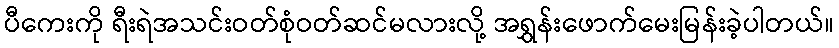
ပီကေးကို ရီးရဲအသင်းဝတ်စုံဝတ်ဆင်မလားလို့ အရွှန်းဖောက်မေးမြန်းခဲ့ပါတယ်။